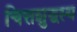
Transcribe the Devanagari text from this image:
चित्तशुद्धस्य